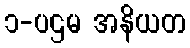
၁-ပဌမ အနိယတ